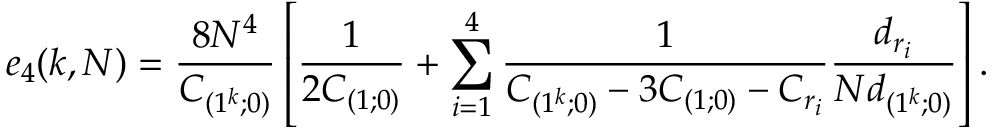
e _ { 4 } ( k , N ) = { \frac { 8 N ^ { 4 } } { C _ { ( 1 ^ { k } ; 0 ) } } } \left[ { \frac { 1 } { 2 C _ { ( 1 ; 0 ) } } } + \sum _ { i = 1 } ^ { 4 } { \frac { 1 } { C _ { ( 1 ^ { k } ; 0 ) } - 3 C _ { ( 1 ; 0 ) } - C _ { r _ { i } } } } { \frac { d _ { r _ { i } } } { N d _ { ( 1 ^ { k } ; 0 ) } } } \right] .